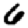
Digit: 6